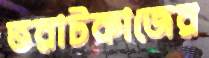
ভরাটকাজের